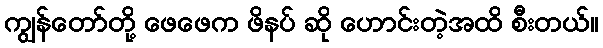
ကျွန်တော်တို့ ဖေဖေက ဖိနပ် ဆို ဟောင်းတဲ့အထိ စီးတယ်။